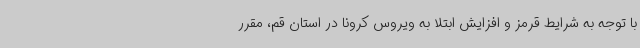
با توجه به شرایط قرمز و افزایش ابتلا به ویروس کرونا در استان قم، مقرر